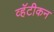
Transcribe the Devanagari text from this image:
व्हॅटीकन